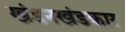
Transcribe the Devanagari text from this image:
खंडनखंडकार